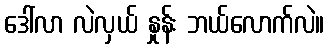
ဒေါ်လာ လဲလှယ် နှုန်း ဘယ်လောက်လဲ။